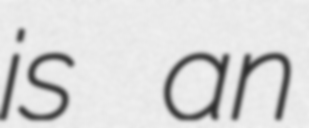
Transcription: is an